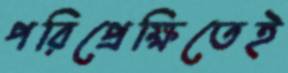
পরিপ্রেক্ষিতেই